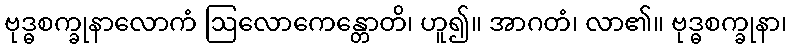
ဗုဒ္ဓစက္ခုနာလောကံ ဩလောကေန္တောတိ၊ ဟူ၍။ အာဂတံ၊ လာ၏။ ဗုဒ္ဓစက္ခုနာ၊